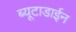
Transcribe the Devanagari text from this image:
ब्यूटाडाईन